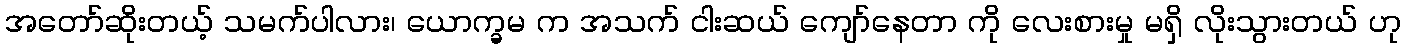
အတော်ဆိုးတယ့် သမက်ပါလား၊ ယောက္ခမ က အသက် ငါးဆယ် ကျော်နေတာ ကို လေးစားမှု မရှိ လိုးသွားတယ် ဟု